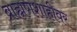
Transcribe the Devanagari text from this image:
ब्राह्मणशाहीवर